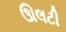
ઊલટી